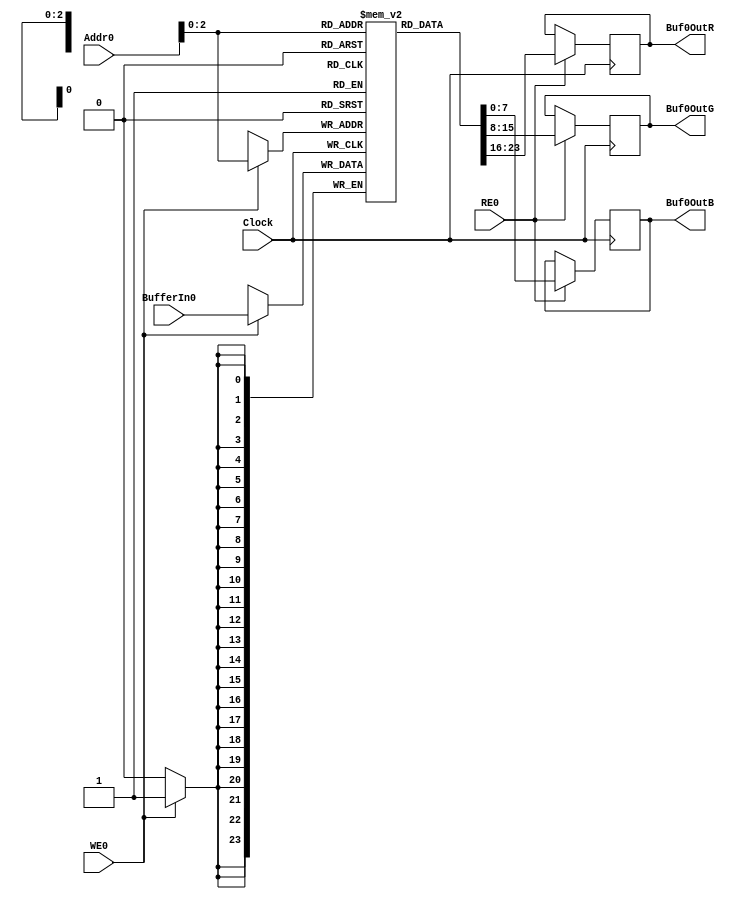
module Buffer0(Buf0OutR, Buf0OutG, Buf0OutB, Addr0, WE0, RE0, BufferIn0, Clock);
output reg[7:0] Buf0OutR;
output reg[7:0] Buf0OutG;
output reg[7:0] Buf0OutB;
input[6:0] Addr0;
input WE0, RE0, Clock;
input[23:0] BufferIn0;
reg[23:0] BufferMem0[6:0];

always @(posedge Clock)
begin
	if(WE0==1)
	begin
		BufferMem0[Addr0] <= BufferIn0;
	end
	if(RE0==1)
	begin
		Buf0OutR <= BufferMem0[Addr0][23:16];
		Buf0OutG <= BufferMem0[Addr0][15:8];
		Buf0OutB <= BufferMem0[Addr0] [7:0];
	end
end
endmodule